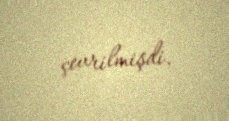
çevrilmişdi.